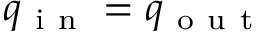
q _ { \mathrm { ~ i ~ n ~ } } = q _ { \mathrm { ~ o ~ u ~ t ~ } }